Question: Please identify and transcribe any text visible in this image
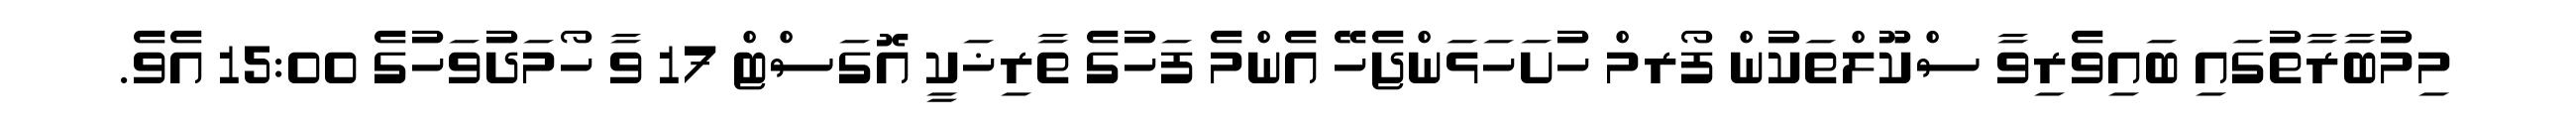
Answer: މިމުބާރާތުގައި ބައިވެރިވާ ސްކޫލްތަކުން ފޯރމް ހުށަހަޅަންޖެހޭ އެންމެ ފަހުގެ ތާރިޚަކީ އޮގަސްޓް 17 ވާ ހޯމަދުވަހުގެ 15:00 އެވެ.